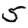
Digit: 5